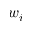
w _ { i }